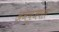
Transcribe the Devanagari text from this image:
अनयूजवल